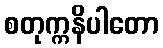
စတုက္ကနိပါတော